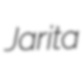
Jarita